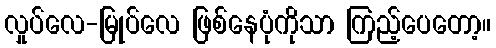
လှုပ်လေ-မြုပ်လေ ဖြစ်နေပုံကိုသာ ကြည့်ပေတော့။